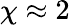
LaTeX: \chi\approx 2